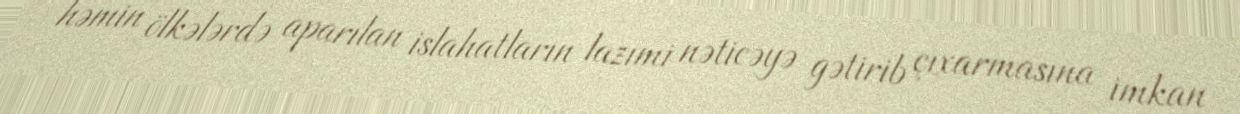
həmin ölkələrdə aparılan islahatların lazımi nəticəyə gətirib çıxarmasına imkan